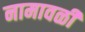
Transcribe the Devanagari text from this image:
नामावळी